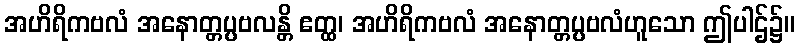
အဟိရိကဗလံ အနောတ္တပ္ပဗလန္တိ ဧတ္ထ၊ အဟိရိကဗလံ အနောတ္တပ္ပဗလံဟူသော ဤပါဌ်၌။